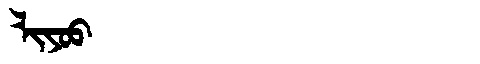
Manchu: ᠯᡳᠶᠣᠣ
Romanization: LIYOO